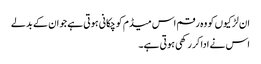
ان لڑکیوں کو وہ رقم اس میڈم کو چکانی ہوتی ہے جو ان کے بدلے
اس نے ادا کر رکھی ہوتی ہے۔